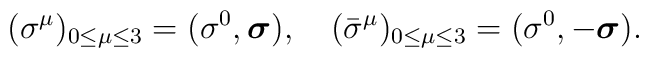
({\sigma}^{\mu})_{0 \le \mu \le 3}=	(\sigma^{0}, \mbox {\boldmath $\sigma$}), 	\quad ({\bar{\sigma}}^{\mu})_{0 \le \mu \le 3}=	(\sigma^{0}, -\mbox {\boldmath $\sigma$}).